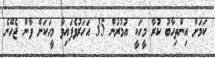
ކަމަށް އިންތިހާބު ކުރާ މީހަކީ އުމުރުން 35 އަހަރުވެފައިވާ މީހަކަށް ވާން ޖެހޭނެ